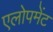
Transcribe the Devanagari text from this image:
एलोपमेंट